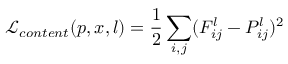
\mathcal { L } _ { c o n t e n t } ( p , x , l ) = \frac { 1 } { 2 } \sum _ { i , j } ( F _ { i j } ^ { l } - P _ { i j } ^ { l } ) ^ { 2 }